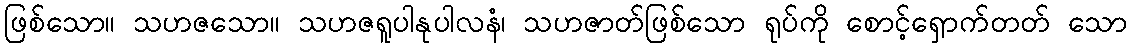
ဖြစ်သော။ သဟဇသော။ သဟဇရူပါနုပါလနံ၊ သဟဇာတ်ဖြစ်သော ရုပ်ကို စောင့်ရှောက်တတ် သော